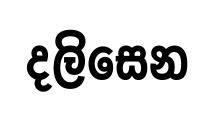
දලිසෙන